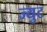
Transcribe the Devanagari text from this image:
ज्युट